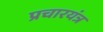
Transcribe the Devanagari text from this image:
प्रचारयंत्र